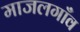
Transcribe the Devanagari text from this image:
माजलगाँव